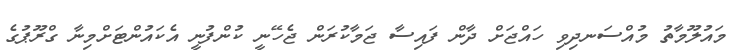
މައުލޫމާތު މުއްސަނދިވި ހައްޖަށް ދާން ފައިސާ ޖަމާކުރަން ޖެހޭނީ ކުންފުނީ އެކައުންޓަށްމިނާ ގްރޫޕުގެ